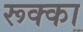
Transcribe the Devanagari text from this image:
रूक्का